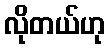
လိုတယ်ဟု